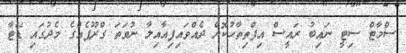
ސްމާޓް ސިޓީ ނައިބު ރައީސް އިފްތިތާހުކޮށް ދެއްވައިފިއާއިލާ ނުވަތަ ގްރޫޕެއްގެ މެދުގައި ޑޭޓާ